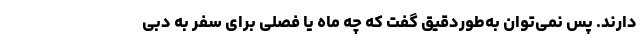
دارند. پس نمی‌توان به‌طوردقیق گفت که چه ماه یا فصلی برای سفر به دبی